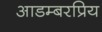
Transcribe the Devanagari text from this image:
आडम्बरप्रिय